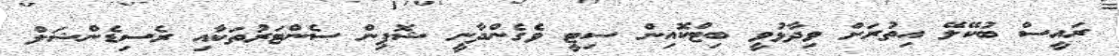
ރައީސް ބުކޭލޭ އިތުރަށް ވިދާޅުވީ ބިޓްކޮއިން ސިޓީ ވެގެންދާނީ ޝޮޕިން ސެންޓަރުތަކާއި ރެސިޑެންޝަލް